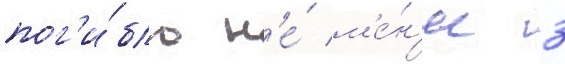
пог'и́бло н'е́ м'е́н'ее 3